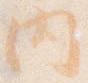
内